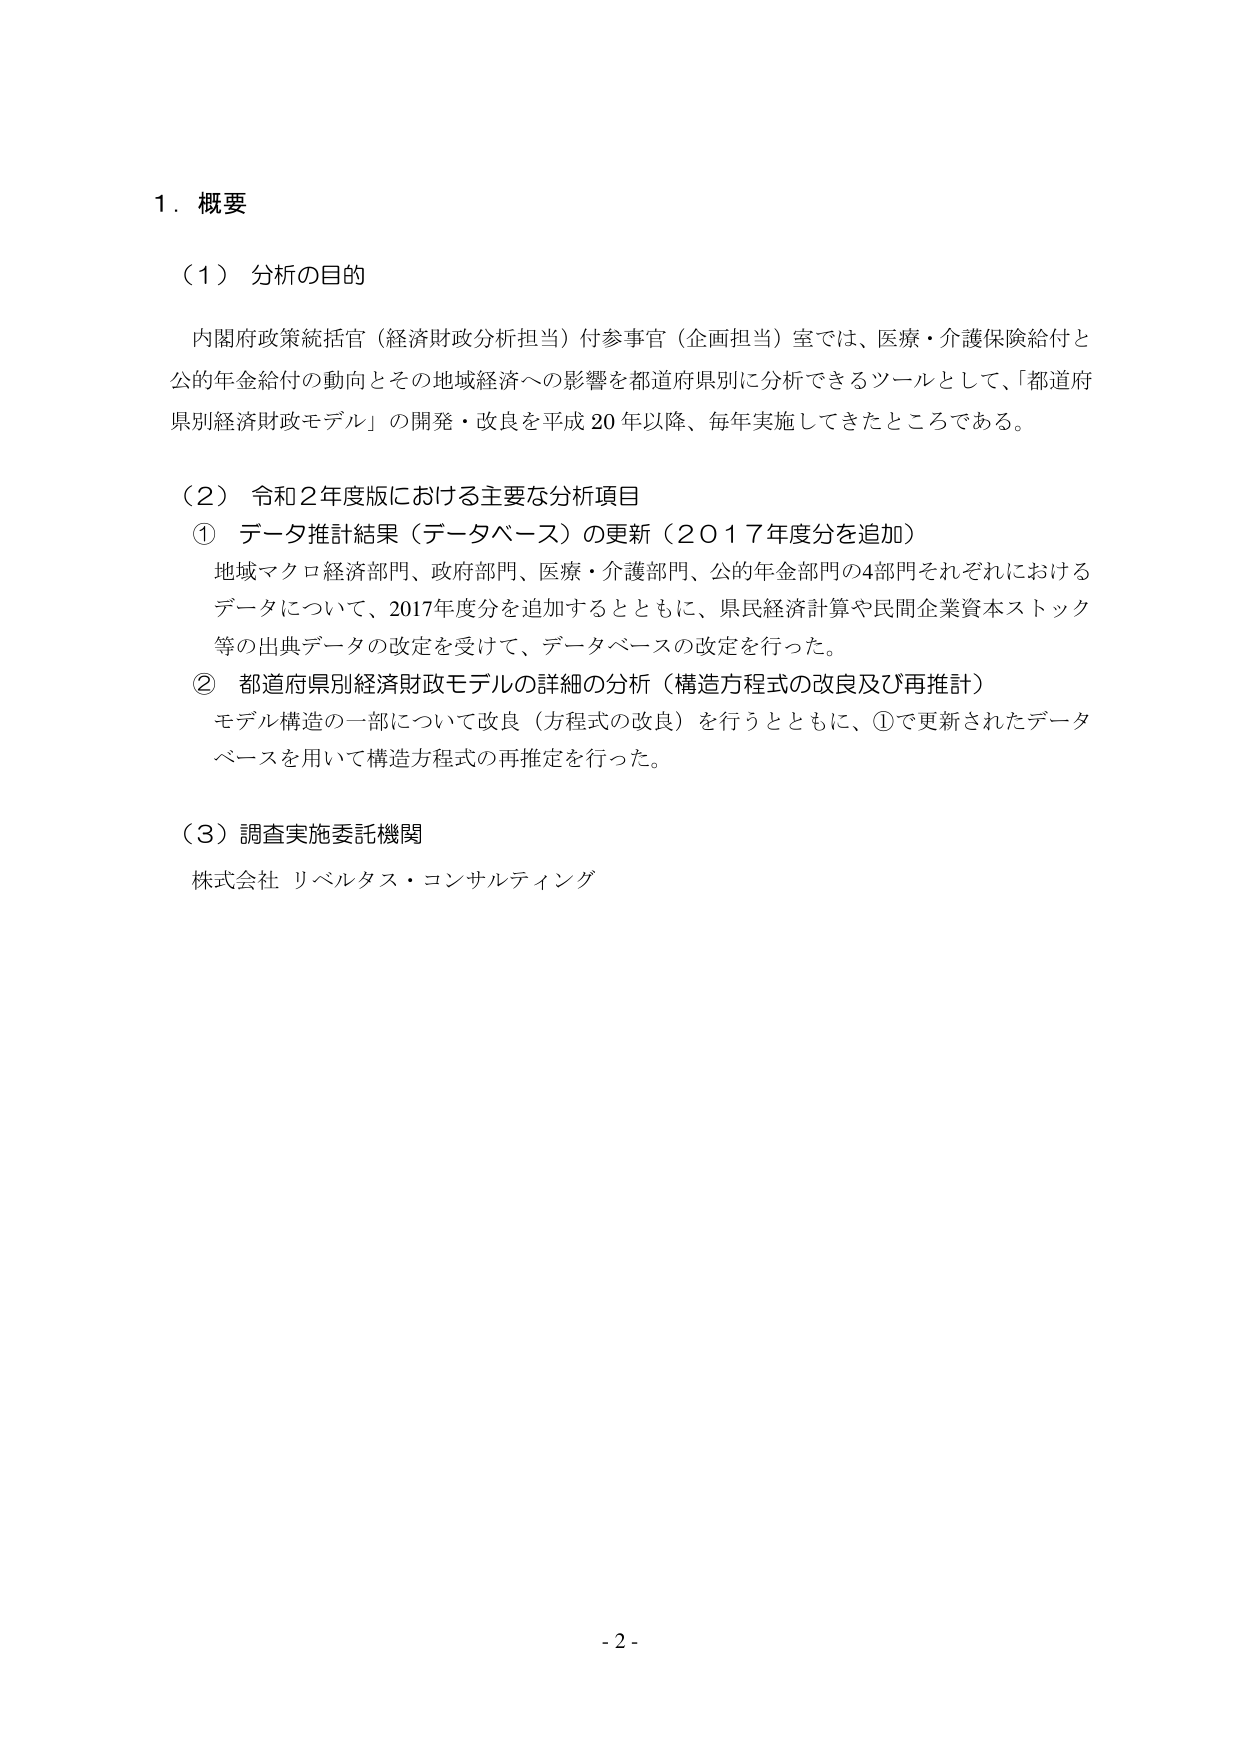
１．概要

（１）分析の目的

内閣府政策統括官（経済財政分析担当）付参事官（企画担当）室では、医療・介護保険給付と公的年金給付の動向とその地域経済への影響を都道府県別に分析できるツールとして、「都道府県別経済財政モデル」の開発・改良を平成20年以降、毎年実施してきたところである。

（２）令和２年度版における主要な分析項目

① データ推計結果（データベース）の更新（２０１７年度分を追加）

地域マクロ経済部門、政府部門、医療・介護部門、公的年金部門の4部門それぞれにおけるデータについて、2017年度分を追加するとともに、県民経済計算や民間企業資本ストック等の出典データの改定を受けて、データベースの改定を行った。

② 都道府県別経済財政モデルの詳細の分析（構造方程式の改良及び再推計）

モデル構造の一部について改良（方程式の改良）を行うとともに、①で更新されたデータベースを用いて構造方程式の再推定を行った。

（３）調査実施委託機関

株式会社 リベルタス・コンサルティング

- 2 -